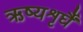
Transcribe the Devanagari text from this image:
ऋष्यशृर्घैं